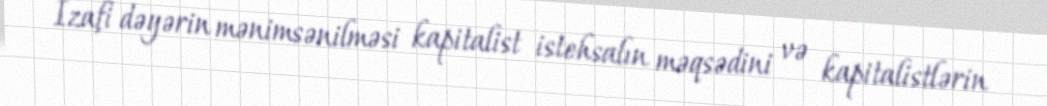
İzafi dəyərin mənimsənilməsi kapitalist istehsalın məqsədini və kapitalistlərin